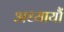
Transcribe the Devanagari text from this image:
अध्यायौं